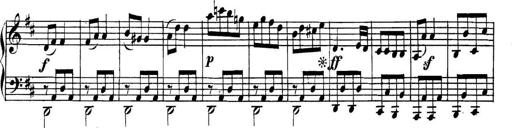
Title: Collected Piano Sonatas
Composer: Muzio Clementi